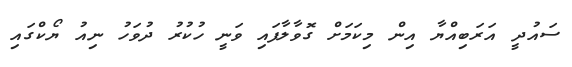
ސައުދީ އަރަބިއްޔާ އިން މިކަމަށް ގޮވާލާފައި ވަނީ ހުކުރު ދުވަހު ނިއު ޔޯކްގައި